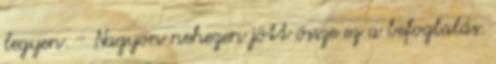
legyen. - Nagyon nehezen jött össze ez a befoglalás.